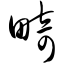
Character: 畸